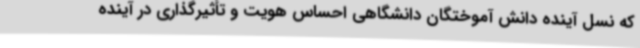
که نسل آینده دانش آموختگان دانشگاهی احساس هویت و تأثیرگذاری در آینده